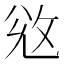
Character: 𢼠